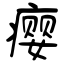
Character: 瘿